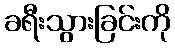
ခရီးသွားခြင်းကို